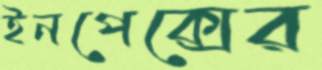
ইনপেক্সের